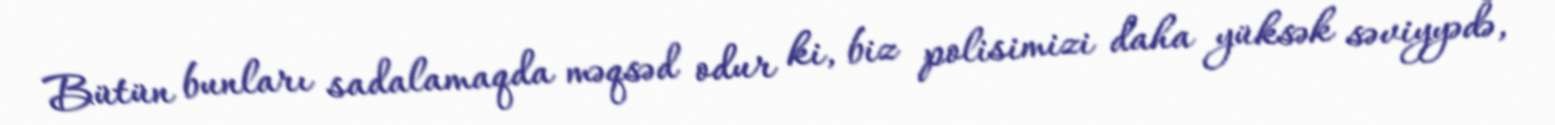
Bütün bunları sadalamaqda məqsəd odur ki, biz polisimizi daha yüksək səviyyədə,